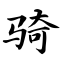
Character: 骑